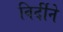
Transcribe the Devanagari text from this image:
विर्दीने